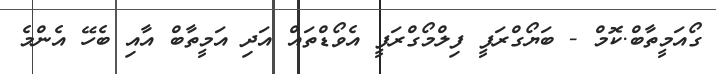
ގޯއަމީތާބް.ކޮމް - ބަޔޯގްރަފީ ފިލްމޯގްރަފީ އެވޯޑްތައް އަދި އަމީތާބް އާއި ބެހޭ އެންމެ